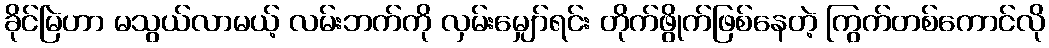
ခိုင်မြဲဟာ မသွယ်လာမယ့် လမ်းဘက်ကို လှမ်းမျှော်ရင်း တိုက်ဖွိုက်ဖြစ်နေတဲ့ ကြွက်တစ်ကောင်လို